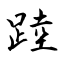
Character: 踛